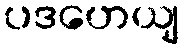
ပဒဟေယျ